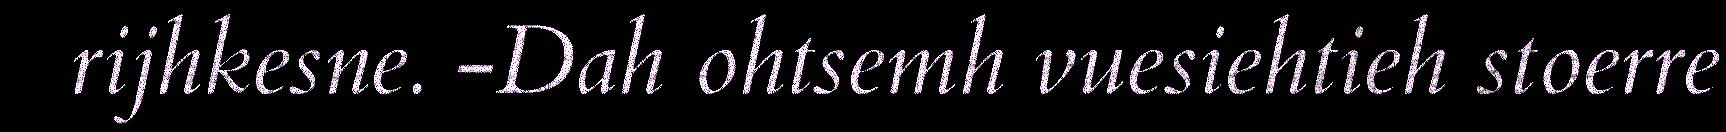
rijhkesne. -Dah ohtsemh vuesiehtieh stoerre